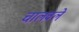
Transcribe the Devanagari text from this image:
चालवले